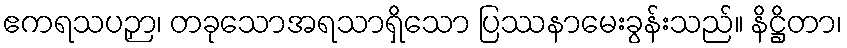
ဧကရသပဉှာ၊ တခုသောအရသာရှိသော ပြဿနာမေးခွန်းသည်။ နိဋ္ဌိတာ၊